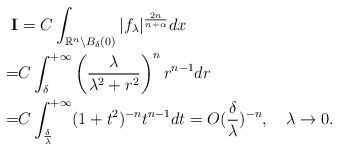
LaTeX: \begin{align*} \textbf{I}&=C\int_{\mathbb{R}^n\backslash B_\delta(0)}|f_\lambda|^{\frac{2n}{n+\alpha}}dx\\ =&C\int_\delta^{+\infty}\left(\frac\lambda{\lambda^2+r^2}\right)^n r^{n-1}dr\\ =&C\int_{\frac\delta\lambda}^{+\infty}(1+t^2)^{-n}t^{n-1}dt=O(\frac\delta\lambda)^{-n},\quad\lambda\rightarrow 0.\end{align*}